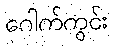
ဂေါက်ကွင်း